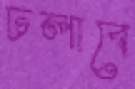
ঢলাবে